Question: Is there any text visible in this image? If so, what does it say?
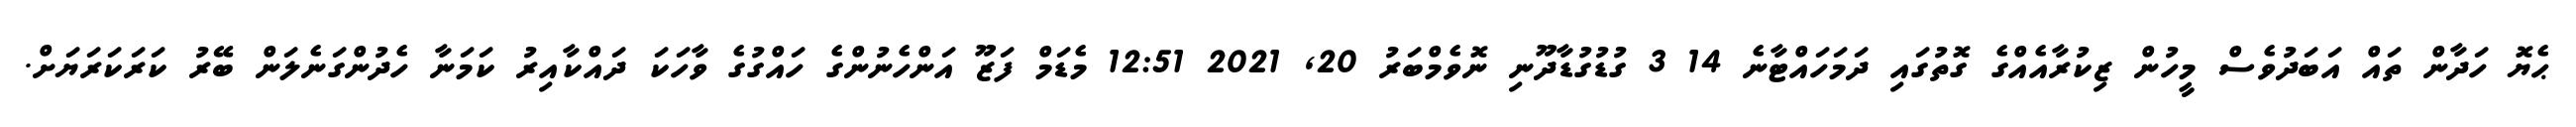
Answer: ޙެޔޮ ހަދާން ތައް އަބަދުވެސް މީހުން ޒިކުރާއެއްގެ ގޮތުގައި ދަމަހައްޓާނެ 14 3 ގުޑުގުޑާދޫނި ނޮވެމްބަރު 20, 2021 12:51 މެޑަމް ފަޒޫ އަންހެނުންގެ ހައްގުގެ ވާހަކަ ދައްކާއިރު ކަމަނާ ހެދުންގަނެލަން ބޭރު ކަރަކަރަޔަށް.